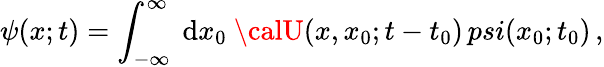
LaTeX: \psi(x;t)=\int_{-\infty}^{\infty}\ \mathrm{d}x_{0}\ {\calU}(x,x_{0};t-t_{0})\, psi(x_{0};t_{0})\, ,